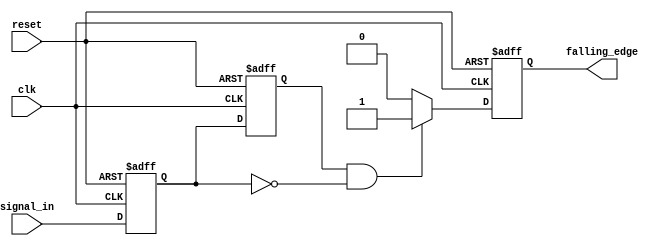
module falling_edge_detector (
    input wire clk,                // Clock signal
    input wire reset,              // Asynchronous reset signal
    input wire signal_in,          // Input signal to monitor
    output reg falling_edge        // Output signal indicating falling edge
);

    // Memory blocks to store current and previous states
    reg current_state;             // Current state of the input signal
    reg previous_state;            // Previous state of the input signal

    // Always block triggered on the rising edge of the clock or reset
    always @(posedge clk or posedge reset) begin
        if (reset) begin
            // Initialize states and output on reset
            current_state <= 1'b0;
            previous_state <= 1'b0;
            falling_edge <= 1'b0;
        end else begin
            // Update previous state to current state
            previous_state <= current_state;
            // Update current state with the input signal
            current_state <= signal_in;

            // Falling edge detection logic
            if (previous_state == 1'b1 && current_state == 1'b0) begin
                falling_edge <= 1'b1; // Set falling edge high
            end else begin
                falling_edge <= 1'b0; // Reset falling edge
            end
        end
    end

endmodule